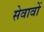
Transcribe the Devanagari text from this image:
सेवावों